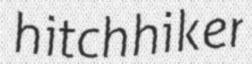
hitchhiker